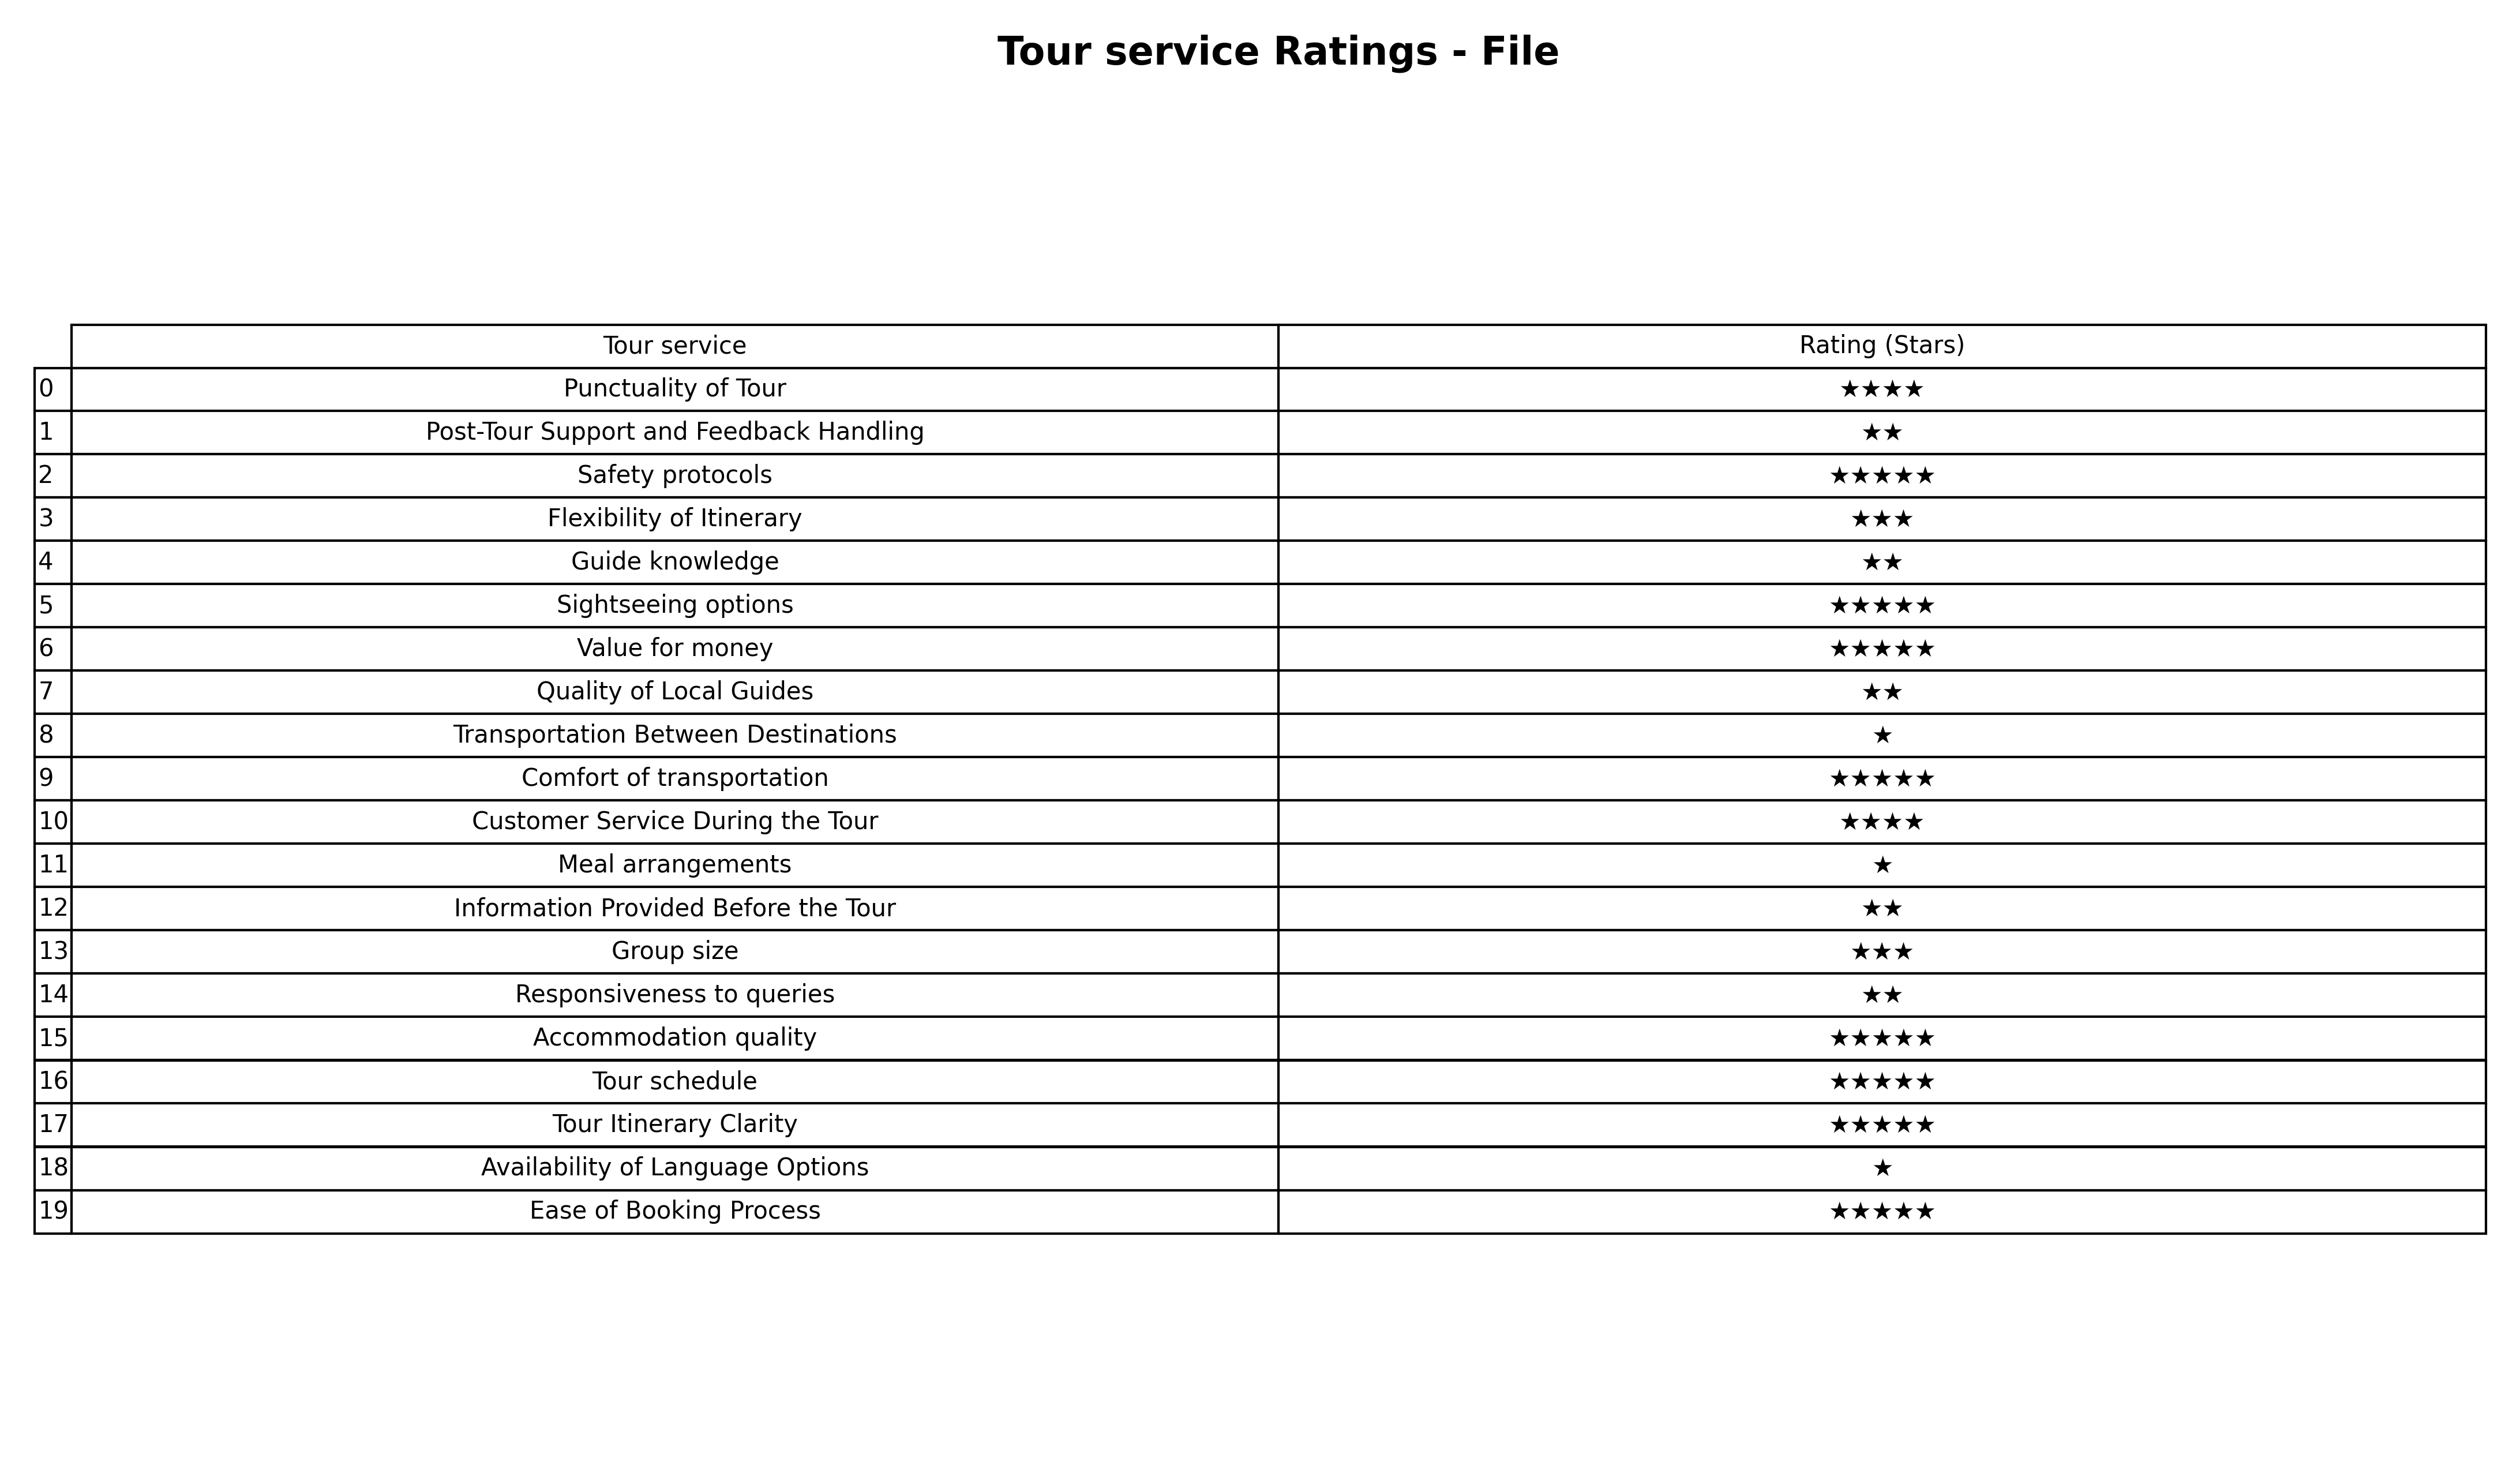
question: What are lowest rating services?
answer: Punctuality of TourCustomer Service During the Tour